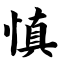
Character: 慎